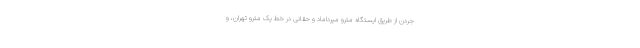
جردن از طریق ایستگاه مترو میرداماد و حقانی در خط یک مترو تهران، و